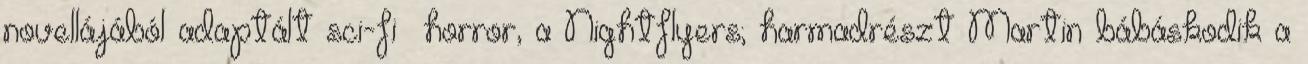
novellájából adaptált sci-fi horror, a Nightflyers; harmadrészt Martin bábáskodik a